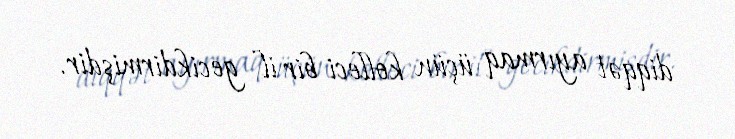
diqqət ayırmaq üçün kolleci bir il gecikdirmişdir.